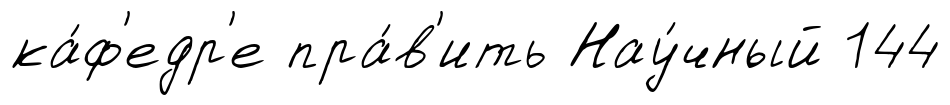
ка́ф'едр'е пра́в'ить Нау́чный 144